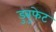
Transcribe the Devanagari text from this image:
डुबुफेट